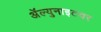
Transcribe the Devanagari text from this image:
ॲल्युनाइटवर